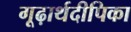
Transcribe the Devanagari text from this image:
गूढ़ार्थदीपिका